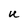
Character: U